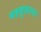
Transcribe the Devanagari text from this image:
महबुबनगर